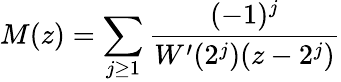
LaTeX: M(z)=\sum_{j\geq 1}{\frac{(-1)^{j}}{W^{\prime}(2^{j})(z-2^{j})}}